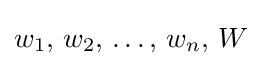
w_{1},\,w_{2},\,\ldots ,\,w_{n},\,W